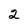
Character: 2